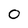
Character: 0